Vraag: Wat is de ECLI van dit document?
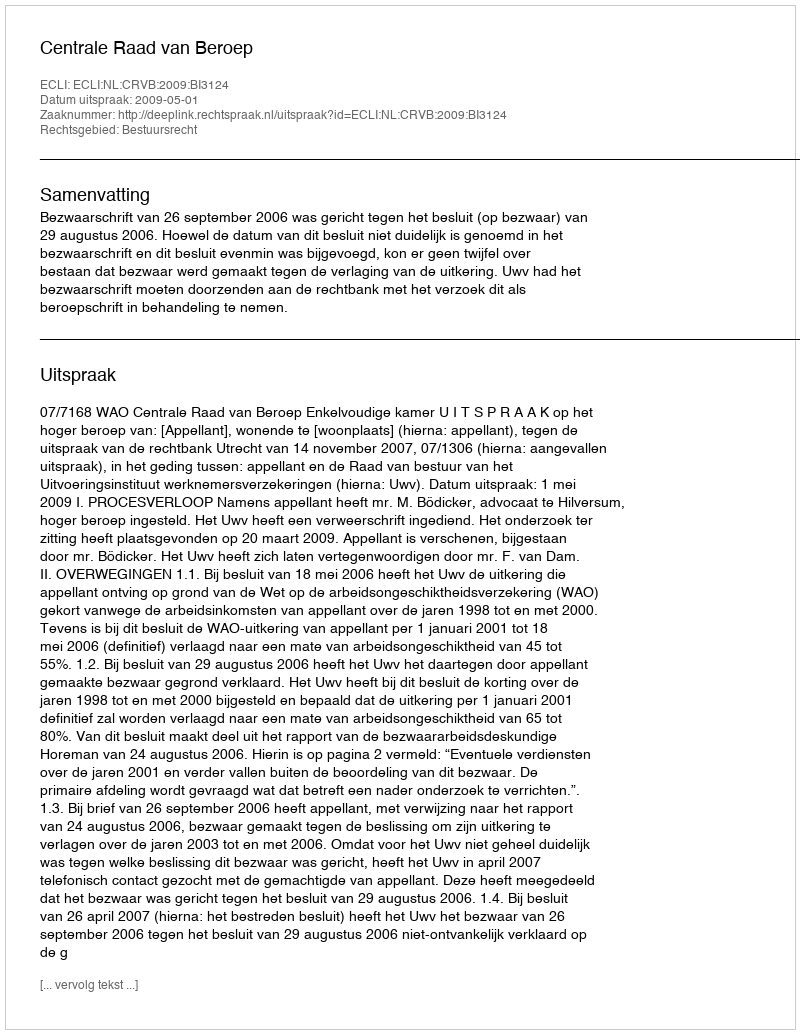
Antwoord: ECLI:NL:CRVB:2009:BI3124